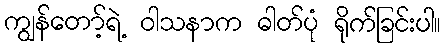
ကျွန်တော့်ရဲ့ ဝါသနာက ဓါတ်ပုံ ရိုက်ခြင်းပါ။